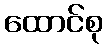
ထောင်စု